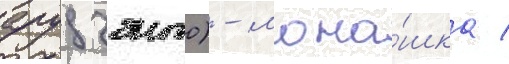
арудзэнто) - мона́шка /